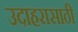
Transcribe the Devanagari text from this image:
उदाहरासाठी